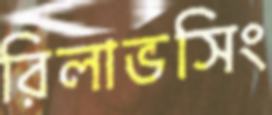
রিলাভসিং